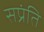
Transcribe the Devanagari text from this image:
सप्रंति